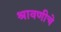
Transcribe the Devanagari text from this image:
श्रावणीचे